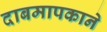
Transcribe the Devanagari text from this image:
दाबमापकाने